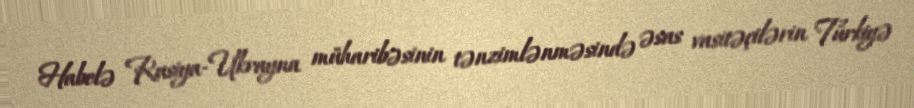
Habelə Rusiya-Ukrayna müharibəsinin tənzimlənməsində əsas vasitəçilərin Türkiyə